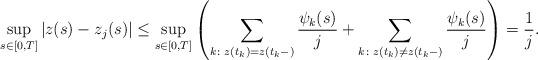
LaTeX: \begin{align*}\sup_{s \in [0,T]}\left |z(s) - z_j(s)\right | \leq \sup_{s \in [0,T]} \left ( \sum_{k \colon z(t_k)= z(t_k-)} \frac{\psi_k(s)}{j} +\sum_{k \colon z(t_k) \neq z(t_k-)} \frac{\psi_k(s)}{j} \right )=\frac{1}{j}.\end{align*}